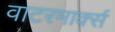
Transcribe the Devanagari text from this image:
वाटरमार्क्स